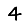
Digit: 4